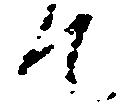
て